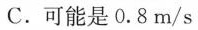
C. 可能是0.8m/s